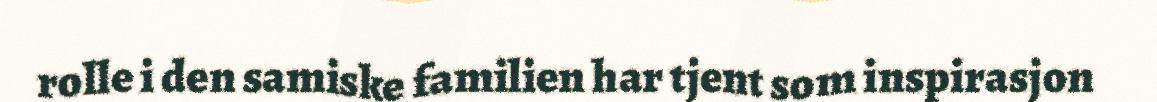
rolle i den samiske familien har tjent som inspirasjon